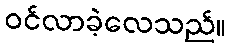
ဝင်လာခဲ့လေသည်။